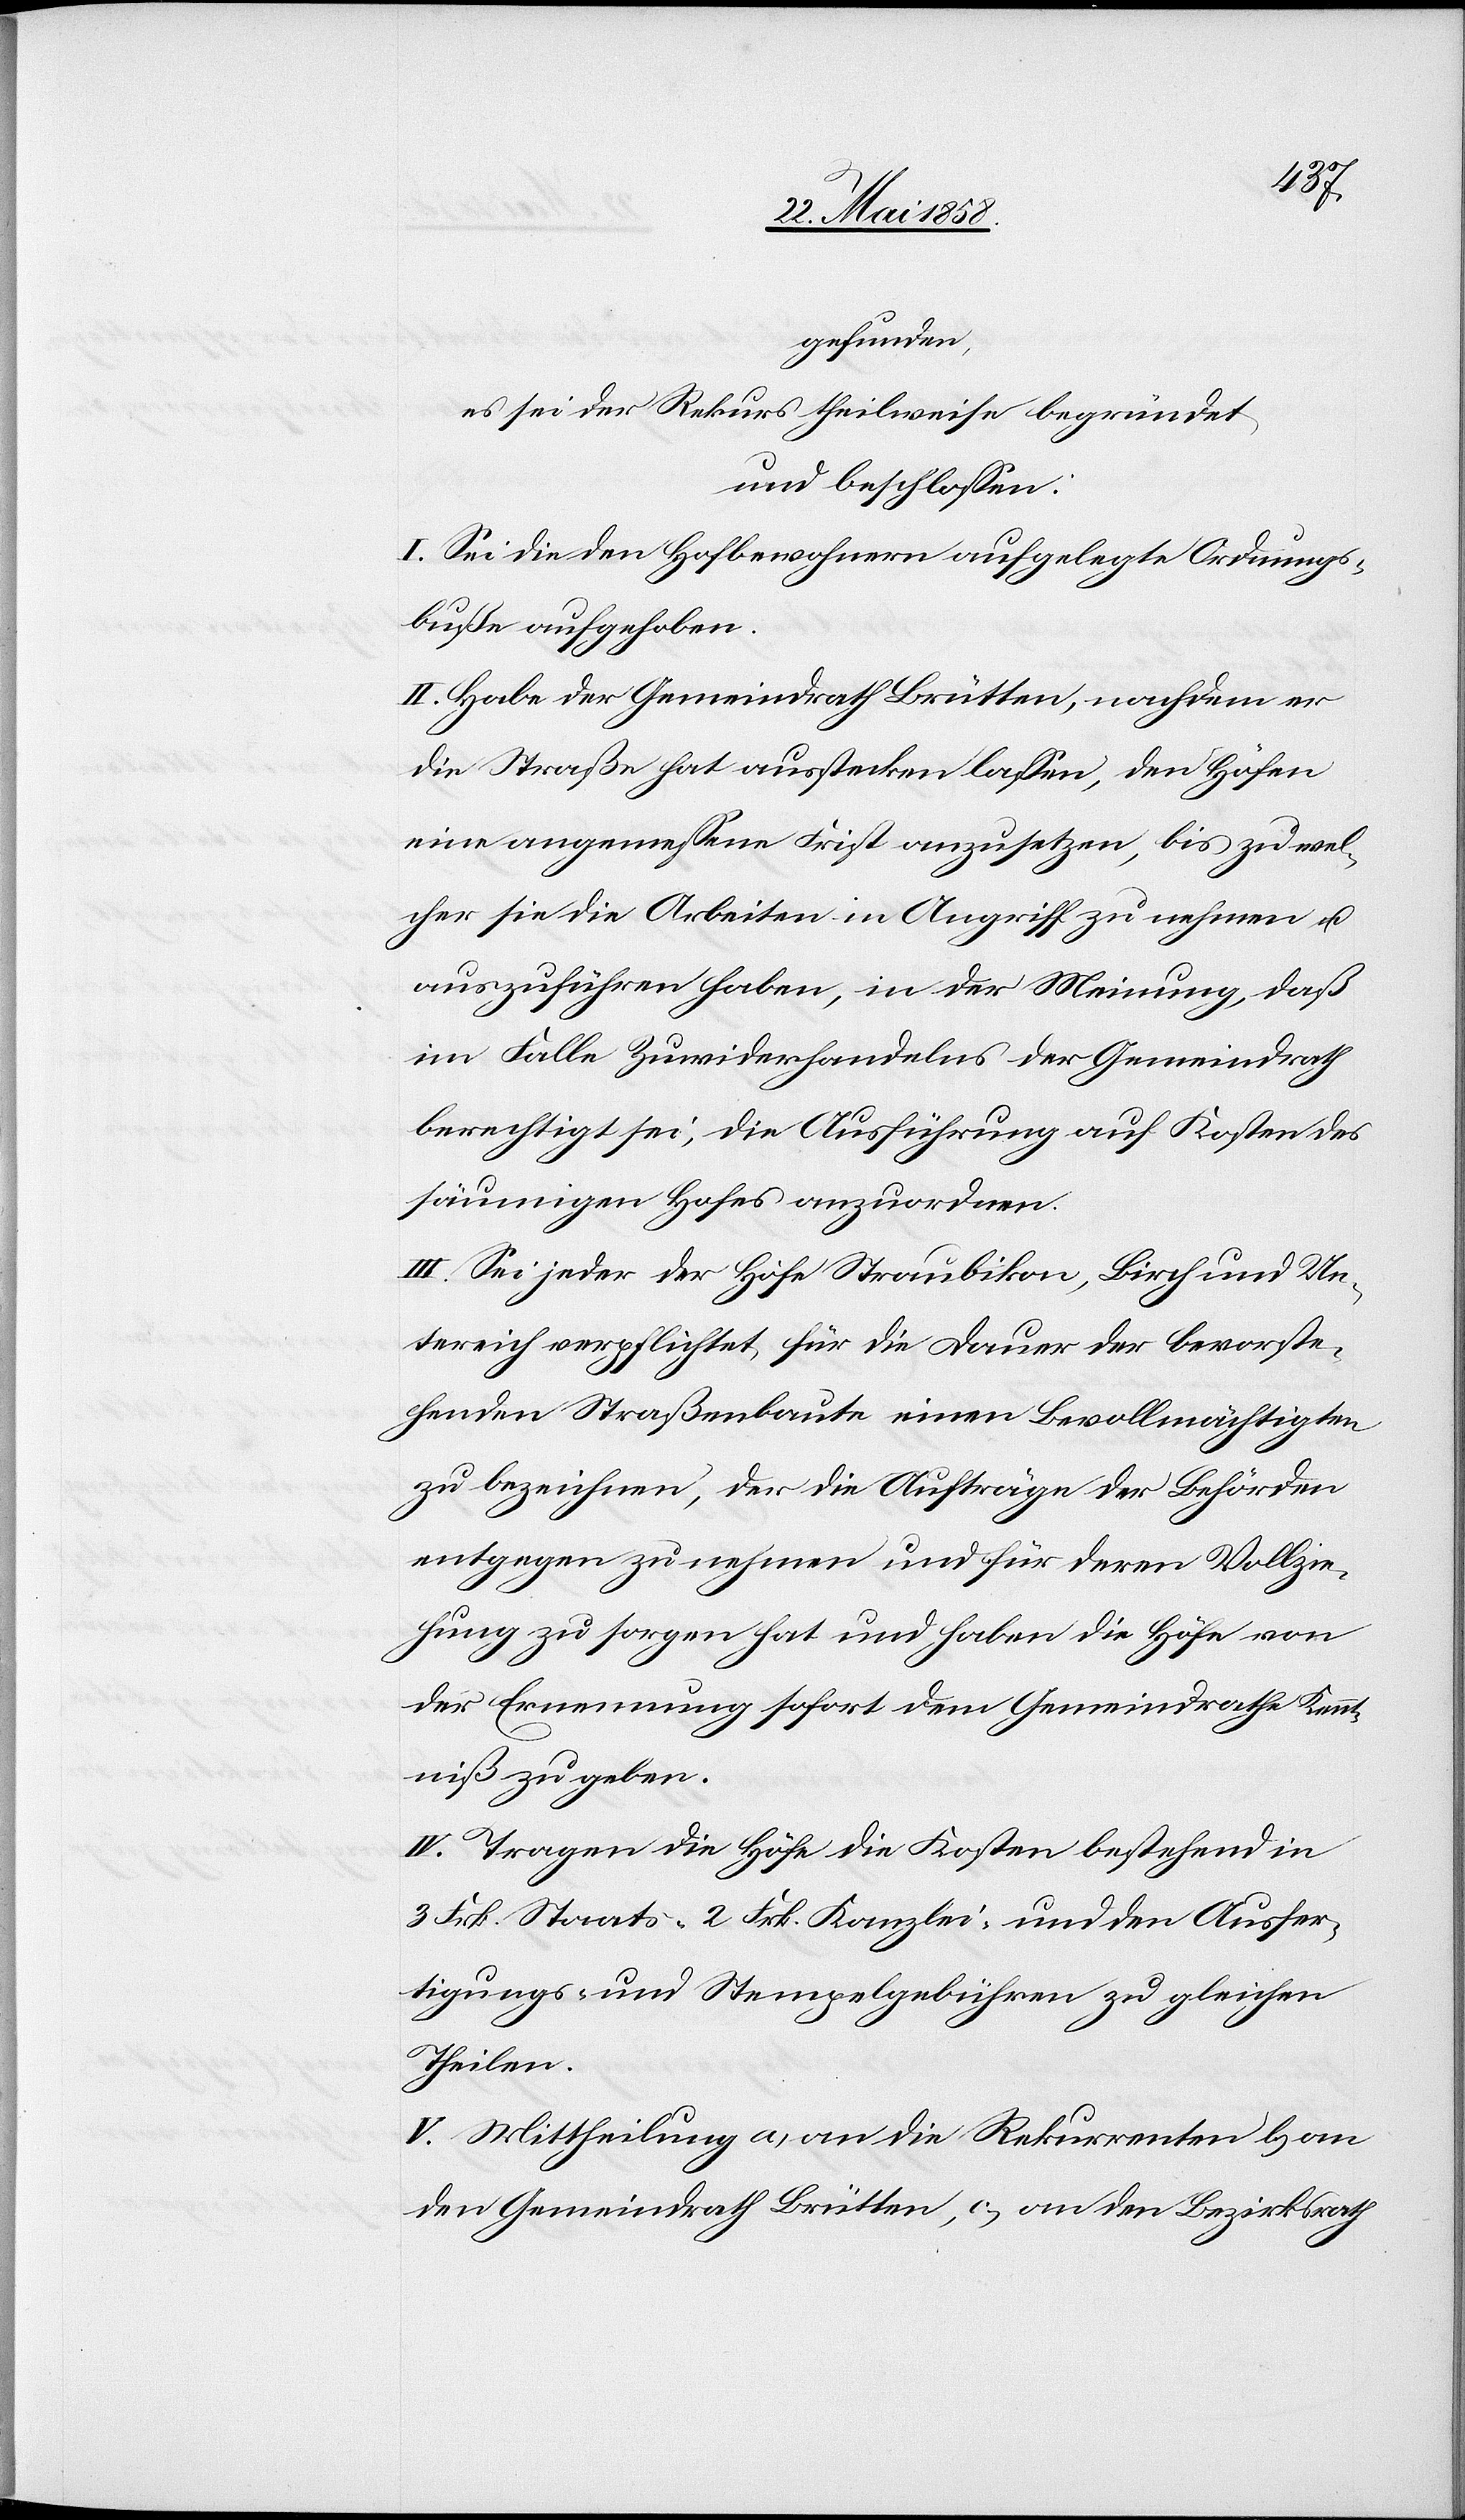
gefunden,
es sei der Rekurs theilweise begründet,
und beschlossen:
I. Sei die den Hofbewohnern aufgelegte Ordnungs¬
buße aufgehoben.
II. Habe der Gemeindrath Brütten, nachdem er
die Straße hat ausstecken lassen, den Höfen
eine angemessene Frist anzusetzen, bis zu wel¬
cher sie die Arbeiten in Angriff zu nehmen u.
auszuführen haben, in der Meinung, daß
im Falle Zuwiderhandelns der Gemeindrath
berechtigt sei, die Ausführung auf Kosten des
säumigen Hofes anzuordnen.
III. Sei jeder der Höfe Straubikon, Birch und Un¬
tereich verpflichtet, für die Dauer der bevorste¬
henden Straßenbaute einen Bevollmächtigen
zu bezeichnen, der die Aufträge der Behörden
entgegen zu nehmen und für deren Vollzie¬
hung zu sorgen hat und haben die Höfe von
der Ernennung sofort dem Gemeindrathe Kennt¬
niß zu geben.
IV. Tragen die Höfe die Kosten bestehend in
3 Frk. Staats-[,] 2 Frk. Kanzlei- und den Ausfer¬
tigungs- und Stempelgebühren zu gleichen
Theilen.
V. Mittheilung a) an die Rekurrenten[,] b) an
den Gemeindrath Brütten, c) an den Bezirksrath